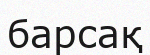
барсақ